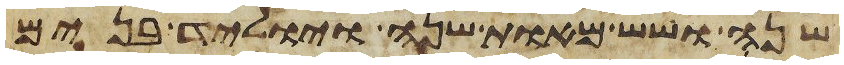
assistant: שנה ושש מאות שנה ויוליד בנים